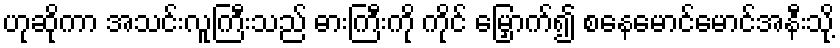
ဟုဆိုကာ အသင်းလူကြီးသည် ဓားကြီးကို ကိုင် မြှောက်၍ စနေမောင်မောင်အနီးသို့